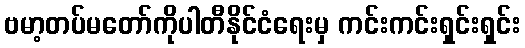
ဗမာ့တပ်မတော်ကိုပါတီနိုင်ငံရေးမှ ကင်းကင်းရှင်းရှင်း